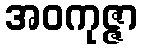
အဝကုဇ္ဇာ